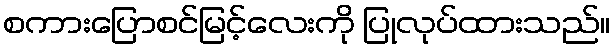
စကားပြောစင်မြင့်လေးကို ပြုလုပ်ထားသည်။